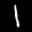
Label: 1